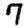
Digit: 7